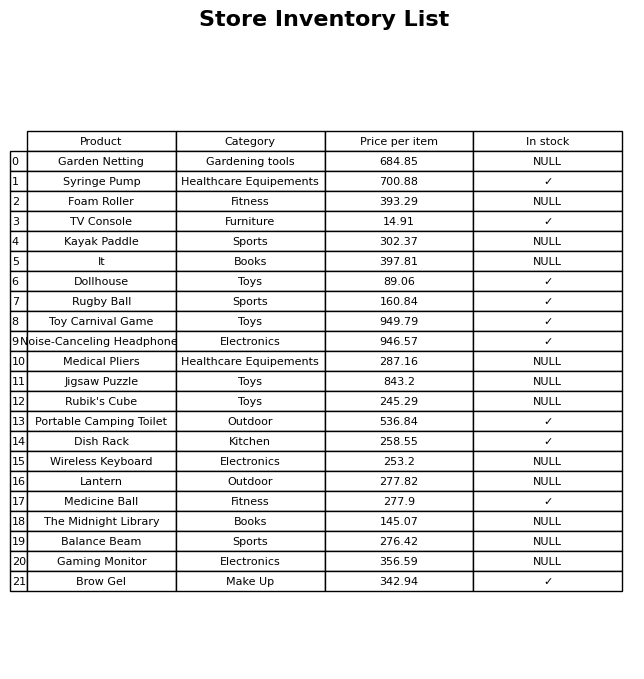
question: What is the price of the Medical Pliers?
answer: The price of Medical Pliers is 287.16.